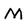
Character: M